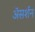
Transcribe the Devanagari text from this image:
अॅसर्शन